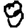
Digit: 8